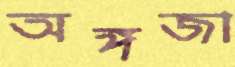
অঙ্গজা